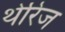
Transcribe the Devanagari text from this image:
थेरिज